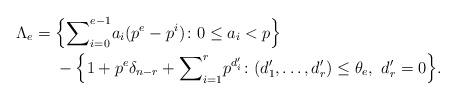
LaTeX: \begin{align*}\Lambda_e&=\Big\{{\sum}_{i=0}^{e-1}a_i(p^e-p^i)\colon 0\le a_i<p\Big\} \\&\ \ \ \ -\Big\{1+p^e\delta_{n-r}+{\sum}_{i=1}^rp^{d'_i}\colon (d'_1,\ldots,d'_r)\le\theta_e,\ d'_r=0\Big\}.\end{align*}